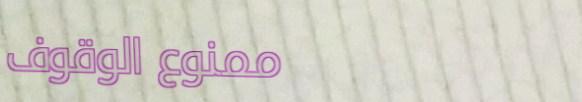
ممنوع الوقوف